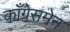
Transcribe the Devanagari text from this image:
काँग्रेसमेन